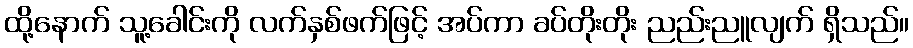
ထို့နောက် သူ့ခေါင်းကို လက်နှစ်ဖက်ဖြင့် အပ်ကာ ခပ်တိုးတိုး ညည်းညူလျက် ရှိသည်။